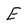
Character: E